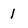
Character: 1